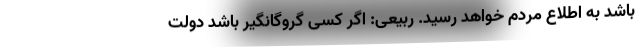
باشد به اطلاع مردم خواهد رسید. ربیعی: اگر کسی گروگانگیر باشد دولت